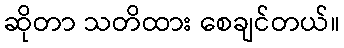
ဆိုတာ သတိထား စေချင်တယ်။